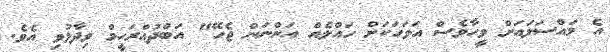
އެ މައްސަލައަށް ވީހާވެސް އަވަަހަކަށް ހައްލެއް އަންނަން ޖެހޭ" އަބްދުއްރަހީމް ވިދާޅުވި އެވެ.